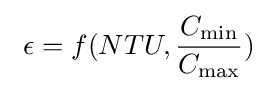
\ \epsilon =f(NTU,{\frac {C_{\mathrm {min} }}{C_{\mathrm {max} }}})